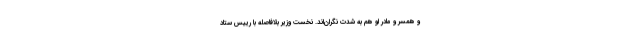
و همسر و مادر او هم به شدت نگران‌اند. نخست وزیر بلافاصله با رییس ستاد